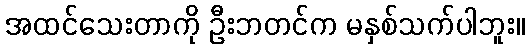
အထင်သေးတာကို ဦးဘတင်က မနှစ်သက်ပါဘူး။